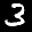
Digit: 3